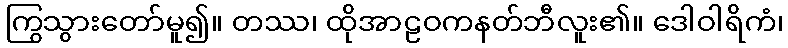
ကြွသွားတော်မူ၍။ တဿ၊ ထိုအာဠဝကနတ်ဘီလူး၏။ ဒေါဝါရိကံ၊